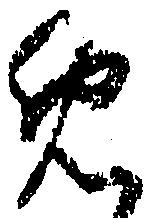
め